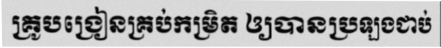
គ្រូបង្រៀនគ្រប់កម្រិត ឲ្យបានប្រឡងជាប់